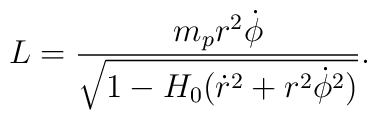
L=\frac{m_pr^2 \dot{\phi}}{\sqrt{1-H_0(\dot{r}^2 +r^2\dot{\phi}^2)}}.